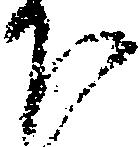
下